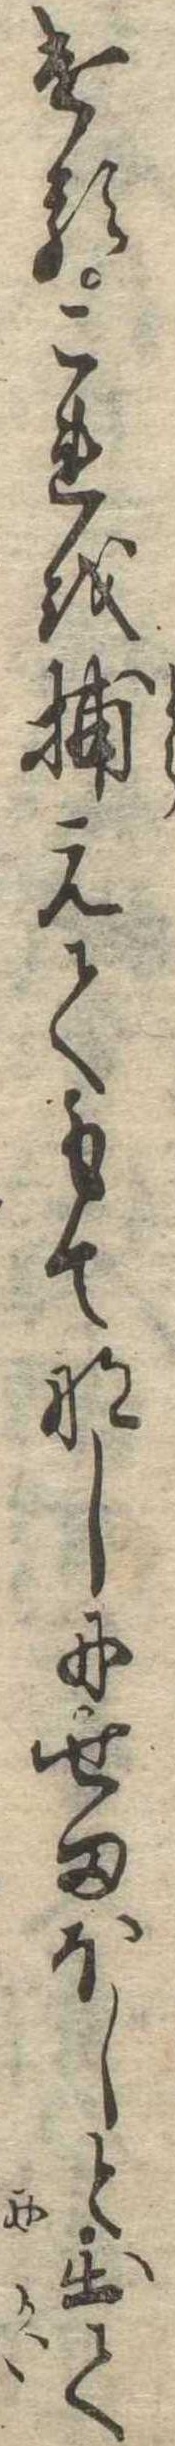
けるこれを捕えてもてなしにせまほしと出て